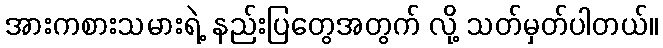
အားကစားသမားရဲ့ နည်းပြတွေအတွက် လို့ သတ်မှတ်ပါတယ်။